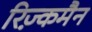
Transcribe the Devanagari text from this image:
रिज़्कमैन